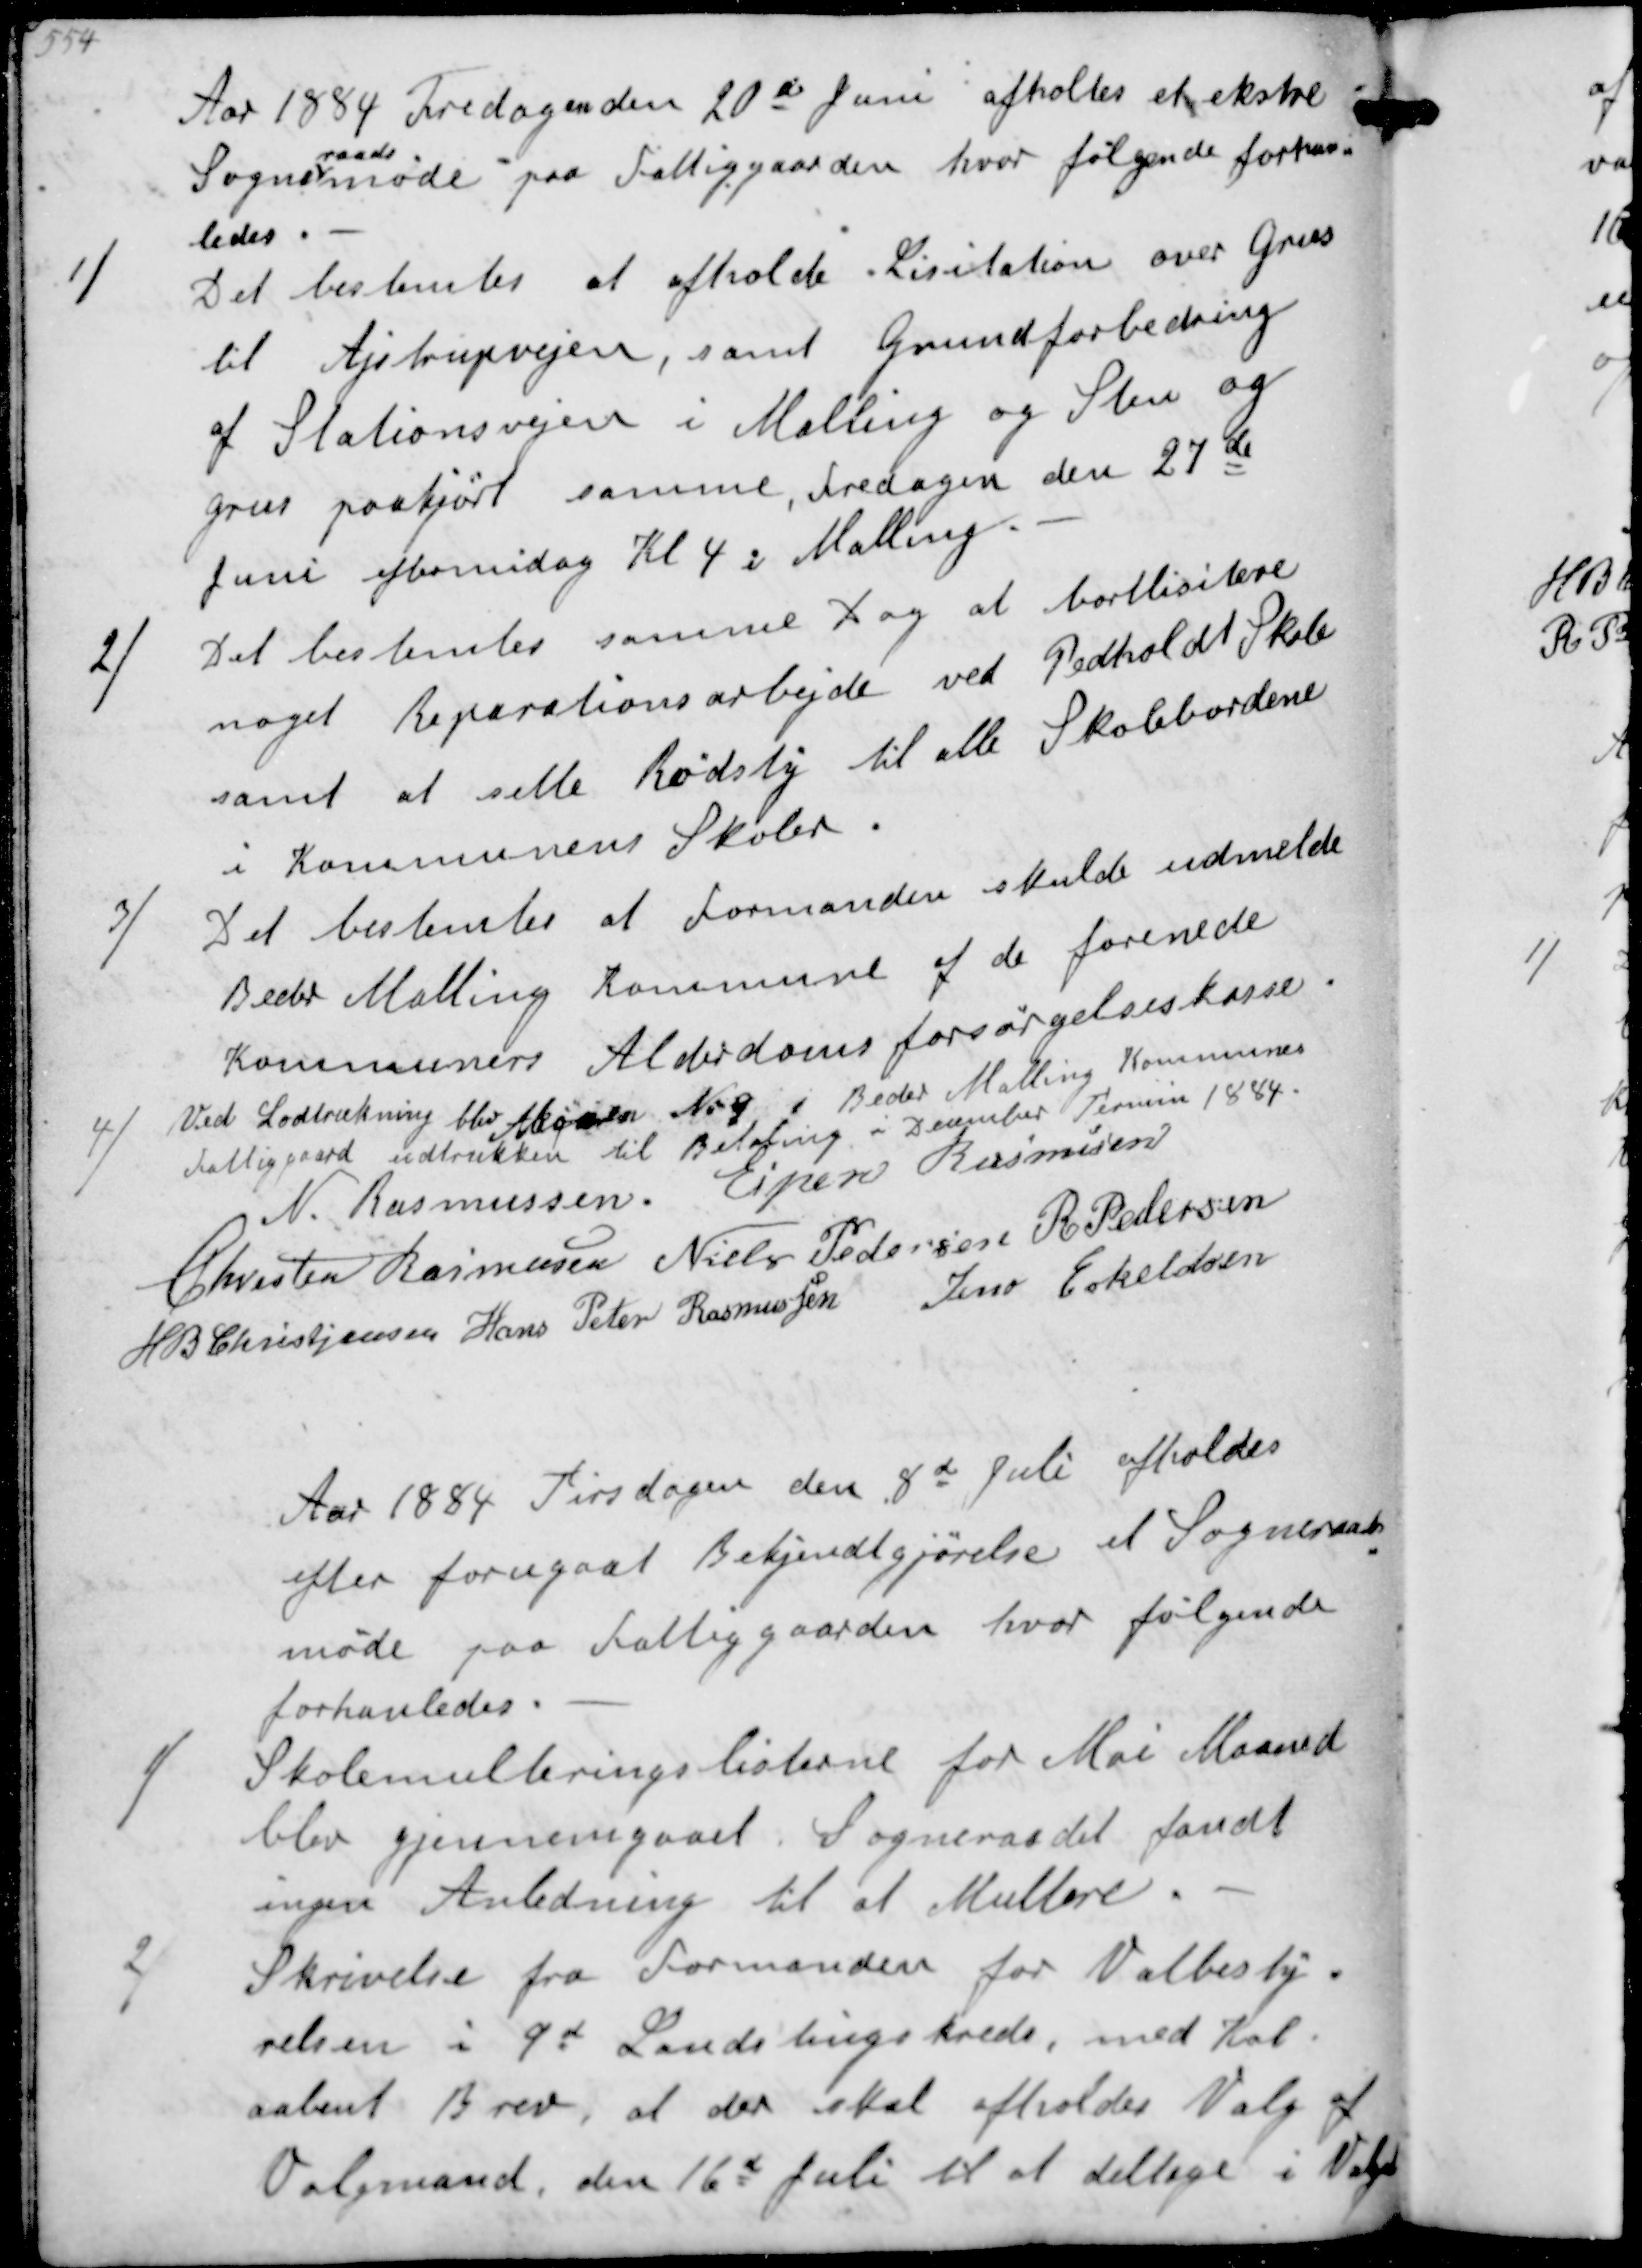
Transskription:
Aar 1884 Fredagen den 20de Juni afholtes et ekstre
Sogne-
raads-
møde paa Fattiggaarden hvor følgende forhan-
ledes.
1/
Det bestemtes at afholde Lisitation over Grus
til Ajstrupvejen, samt Grundforbedring
af Stationsvejen i Malling og Sten og
grus paakjørt samme, fredagen den 27de
Juni eftermidag Kl. 4 i Malling
2/
Det bestemtes samme Dag at bortlisitere
noget reparations arbejde ved Pedholdt Skole
samt at sette Rødsty til alle Skolebordene
i Kommunens Skoler
3/
Det bestemtes at formanden skulde udmelde
Beder Malling Kommune af de forenede
Kommuners Alderdomsforsørgelseskasse
4/
Ved Lodtrækning blev Aktien No 9 i Beder Malling Kommunes
Fattiggaard udtrukken til Betaling i December Termin 1884.
N Rasmussen
Espen Rasmussen
Chresten Rasmussen
Niels Pedersen
R Pedersen
H B Christjansen
Hans Peter Rasmussen
Jens Eskeldsen

Aar 1884 Tirsdagen den 8de Juli afholdes
efter forugaaet Bekjendtgørelse et Sogneraads-
møde paa Fattiggaarden hvor følgende
forhanledes
1/
Skolemulteringslisterne for Mai Maaned
blev gjennemgaaet Sogneraadet fandt
ingen Anledning til at Multere
2/
Skrivelse fra Formanden for Valbesty-
relsen 9d Landstingskreds, med 
aabent Brev, at der skal afholdes Valg af
Valgmand, den 16d Juli til at deltage i Valget